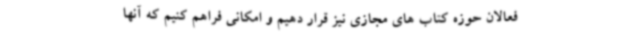
فعالان حوزه کتاب های مجازی نیز قرار دهیم و امکانی فراهم کنیم که آنها